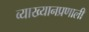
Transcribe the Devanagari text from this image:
व्याख्यानप्रणाली